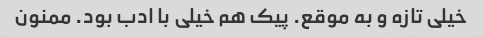
خیلی تازه و به موقع. پیک هم خیلی با ادب بود. ممنون